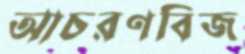
আচরণবিজ